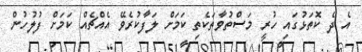
އެ ދެ ކޮތަޅުގައި ހުރީ މަސްތުވާތަކެތި ކަަމަށް ލަފާކުރެވޭ އެއްޗެއް ކަމަށް ފުލުހުން